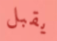
يقبل